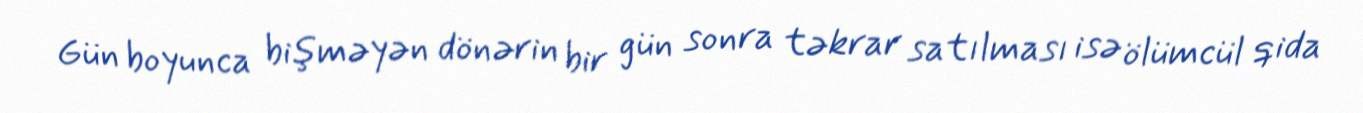
Gün boyunca bişməyən dönərin bir gün sonra təkrar satılması isə ölümcül qida